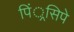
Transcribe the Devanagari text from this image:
पिं्रसिपे